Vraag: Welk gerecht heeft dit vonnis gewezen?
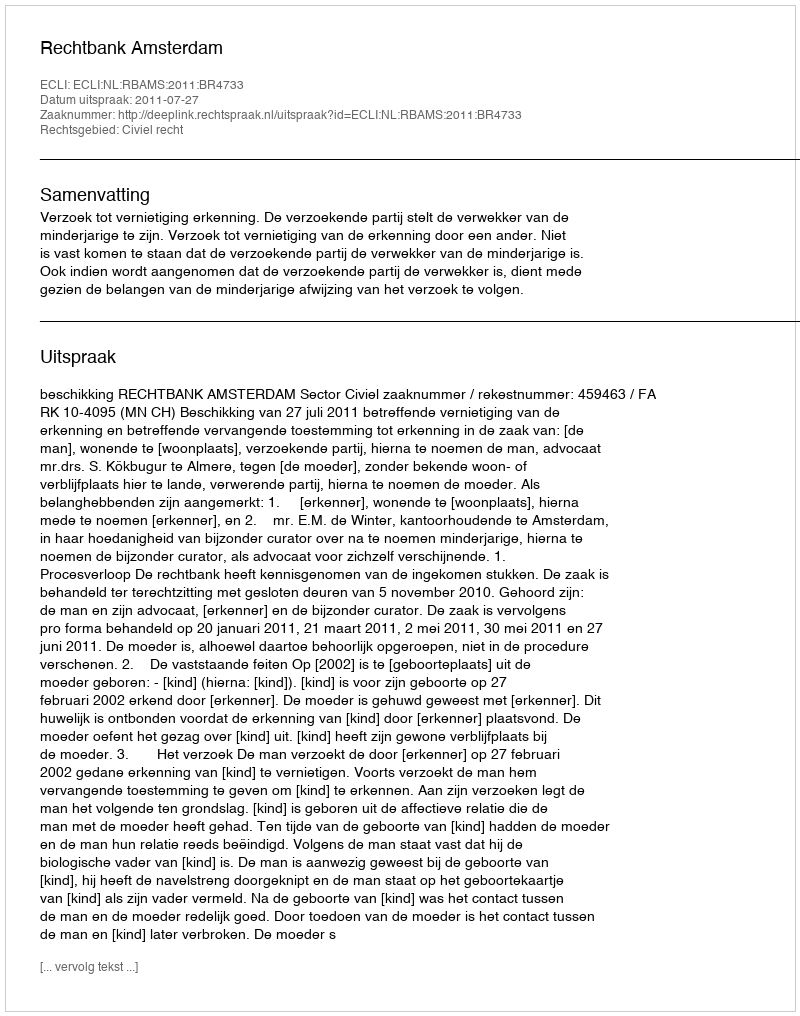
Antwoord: Rechtbank Amsterdam